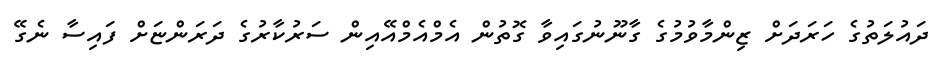
ދައުލަތުގެ ހަރަދަށް ޒިންމާވުމުގެ ގާނޫނުގައިވާ ގޮތުން އެމްއެމްއޭއިން ސަރުކާރުގެ ދަރަންޏަށް ފައިސާ ނެގޭ